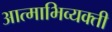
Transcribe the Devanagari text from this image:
आत्माभिव्यक्ती